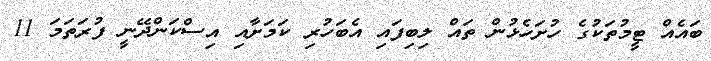
ބައެއް ޓީމުތަކުގެ ހުށަހެޅުން ތައް ލިބިފައި އެބަހުރި ކަމަށާއި އިސްކަންދޭނީ ފުރަތަމަ 11